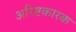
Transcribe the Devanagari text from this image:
अरिष्टकारक